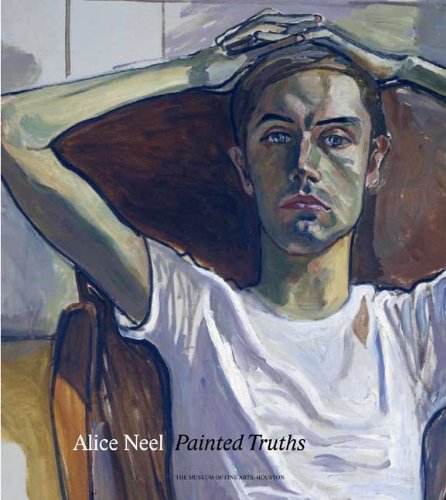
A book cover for Alice Neel: Painted Truths (Museum of Fine Arts, Houston); Barry Walker; Arts & Photography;